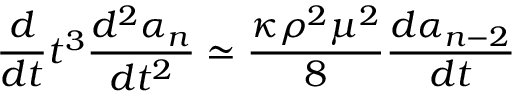
\frac { d } { d t } t ^ { 3 } \frac { d ^ { 2 } \alpha _ { n } } { d t ^ { 2 } } \simeq \frac { \kappa \rho ^ { 2 } \mu ^ { 2 } } { 8 } \frac { d \alpha _ { n - 2 } } { d t }